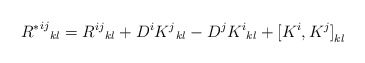
\begin{align*}{{R^{*}}^{ij}}_{kl}= {R^{ij}}_{kl}+ D^{i}{K^{j}}_{kl}-D^{j}{K^{i}}_{kl}+{[K^{i},K^{j}]}_{kl}\end{align*}